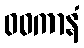
ဝဓကာနံ